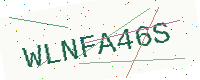
Text: WLNFA46S